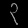
Digit: ၃